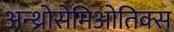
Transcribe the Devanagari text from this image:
अन्थ्रोसेमिओतिक्स